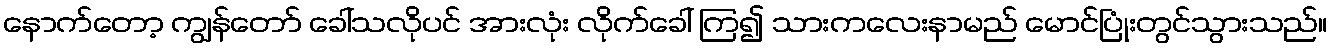
နောက်တော့ ကျွန်တော် ခေါ်သလိုပင် အားလုံး လိုက်ခေါ် ကြ၍ သားကလေးနာမည် မောင်ပြုံးတွင်သွားသည်။